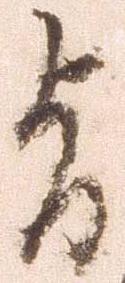
旨